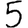
Digit: 5